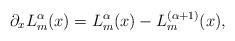
LaTeX: \begin{align*} \partial_x L_m^{\alpha}(x) = L_m^\alpha(x) - L_m^{(\alpha+1)}(x), \end{align*}